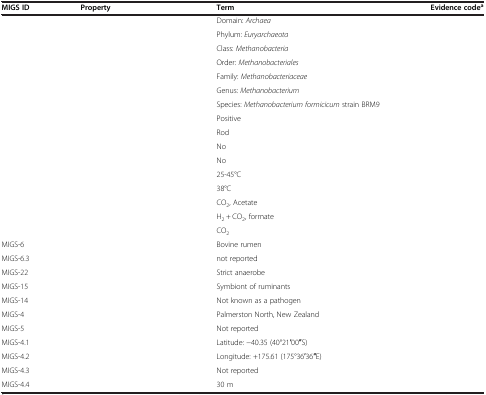
<table><thead><tr><td><b>MIGS ID</b></td><td><b>Property</b></td><td><b>Term</b></td><td><b>Evidence code<sup>a</sup></b></td></tr></thead><tbody><tr><td rowspan="7">[EMPTY_CELL]</td><td rowspan="7">[EMPTY_CELL]</td><td>Domain: <i>Archaea</i></td><td>[EMPTY_CELL]</td></tr><tr><td>Phylum: <i>Euryarchaeota</i></td><td>[EMPTY_CELL]</td></tr><tr><td>Class: <i>Methanobacteria</i></td><td>[EMPTY_CELL]</td></tr><tr><td>Order: <i>Methanobacteriales</i></td><td>[EMPTY_CELL]</td></tr><tr><td>Family: <i>Methanobacteriaceae</i></td><td>[EMPTY_CELL]</td></tr><tr><td>Genus: <i>Methanobacterium</i></td><td>[EMPTY_CELL]</td></tr><tr><td>Species: <i>Methanobacterium formicicum</i> strain BRM9</td><td>[EMPTY_CELL]</td></tr><tr><td>[EMPTY_CELL]</td><td>[EMPTY_CELL]</td><td>Positive</td><td>[EMPTY_CELL]</td></tr><tr><td>[EMPTY_CELL]</td><td>[EMPTY_CELL]</td><td>Rod</td><td>[EMPTY_CELL]</td></tr><tr><td>[EMPTY_CELL]</td><td>[EMPTY_CELL]</td><td>No</td><td>[EMPTY_CELL]</td></tr><tr><td>[EMPTY_CELL]</td><td>[EMPTY_CELL]</td><td>No</td><td>[EMPTY_CELL]</td></tr><tr><td>[EMPTY_CELL]</td><td>[EMPTY_CELL]</td><td>25-45°C</td><td>[EMPTY_CELL]</td></tr><tr><td>[EMPTY_CELL]</td><td>[EMPTY_CELL]</td><td>38°C</td><td>[EMPTY_CELL]</td></tr><tr><td>[EMPTY_CELL]</td><td>[EMPTY_CELL]</td><td>CO<sub>2</sub>, Acetate</td><td>[EMPTY_CELL]</td></tr><tr><td>[EMPTY_CELL]</td><td>[EMPTY_CELL]</td><td>H<sub>2</sub> + CO<sub>2</sub>, formate</td><td>[EMPTY_CELL]</td></tr><tr><td>[EMPTY_CELL]</td><td>[EMPTY_CELL]</td><td>CO<sub>2</sub></td><td>[EMPTY_CELL]</td></tr><tr><td>MIGS-6</td><td>[EMPTY_CELL]</td><td>Bovine rumen</td><td>[EMPTY_CELL]</td></tr><tr><td>MIGS-6.3</td><td>[EMPTY_CELL]</td><td>not reported</td><td>[EMPTY_CELL]</td></tr><tr><td>MIGS-22</td><td>[EMPTY_CELL]</td><td>Strict anaerobe</td><td>[EMPTY_CELL]</td></tr><tr><td>MIGS-15</td><td>[EMPTY_CELL]</td><td>Symbiont of ruminants</td><td>[EMPTY_CELL]</td></tr><tr><td>MIGS-14</td><td>[EMPTY_CELL]</td><td>Not known as a pathogen</td><td>[EMPTY_CELL]</td></tr><tr><td>MIGS-4</td><td>[EMPTY_CELL]</td><td>Palmerston North, New Zealand</td><td>[EMPTY_CELL]</td></tr><tr><td>MIGS-5</td><td>[EMPTY_CELL]</td><td>Not reported</td><td>[EMPTY_CELL]</td></tr><tr><td>MIGS-4.1</td><td>[EMPTY_CELL]</td><td>Latitude: −40.35 (40°21′00′′S)</td><td>[EMPTY_CELL]</td></tr><tr><td>MIGS-4.2</td><td>[EMPTY_CELL]</td><td>Longitude: +175.61 (175°36′36′′E)</td><td>[EMPTY_CELL]</td></tr><tr><td>MIGS-4.3</td><td>[EMPTY_CELL]</td><td>Not reported</td><td>[EMPTY_CELL]</td></tr><tr><td>MIGS-4.4</td><td>[EMPTY_CELL]</td><td>30 m</td><td>[EMPTY_CELL]</td></tr></tbody></table>